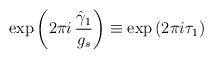
LaTeX: \begin{align*}\mbox{exp}\left( 2 \pi i \,\frac{\hat \gamma_1}{g_s}\right) \equiv\mbox{exp}\left( 2\pi i \tau_1 \right)\end{align*}